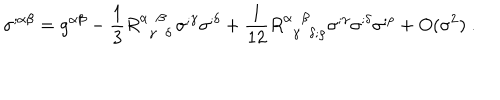
\sigma ^ { ; \alpha \beta } = g ^ { \alpha \beta } - \frac { 1 } { 3 } R _ { ~ ~ \gamma ~ ~ \delta } ^ { \alpha ~ ~ \beta ~ ~ } \sigma ^ { ; \gamma } \sigma ^ { ; \delta } + \frac { 1 } { 1 2 } R _ { ~ ~ \gamma ~ ~ \delta ; \rho } ^ { \alpha ~ ~ \beta ~ ~ } \sigma ^ { ; \gamma } \sigma ^ { ; \delta } \sigma ^ { ; \rho } + O ( \sigma ^ { 2 } ) ~ .